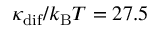
\kappa _ { \mathrm { d i f } } / k _ { \mathrm { B } } T = 2 7 . 5